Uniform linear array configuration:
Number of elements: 48
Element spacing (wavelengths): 1
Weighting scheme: hann
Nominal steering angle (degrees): -45
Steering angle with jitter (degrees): -45.84
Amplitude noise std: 0.05
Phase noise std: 0.05

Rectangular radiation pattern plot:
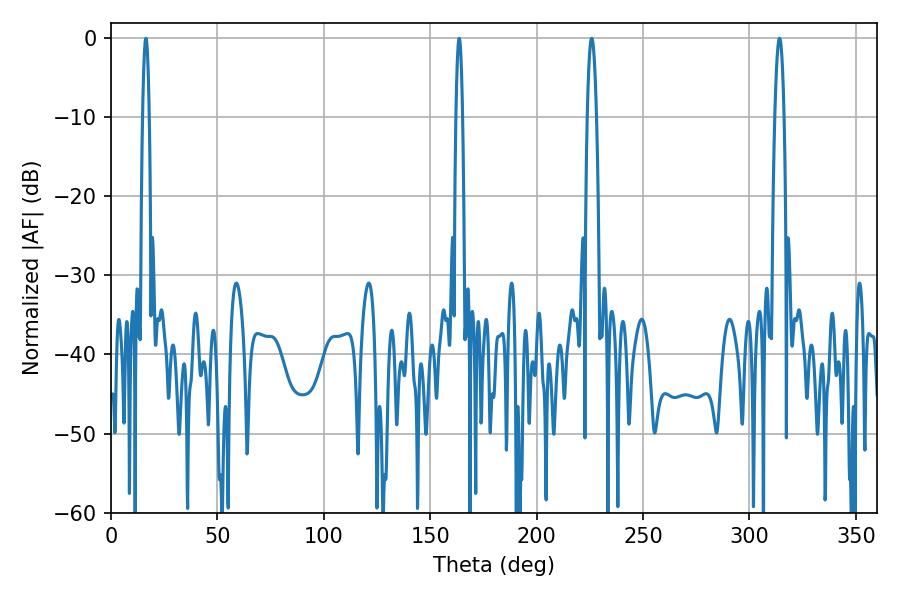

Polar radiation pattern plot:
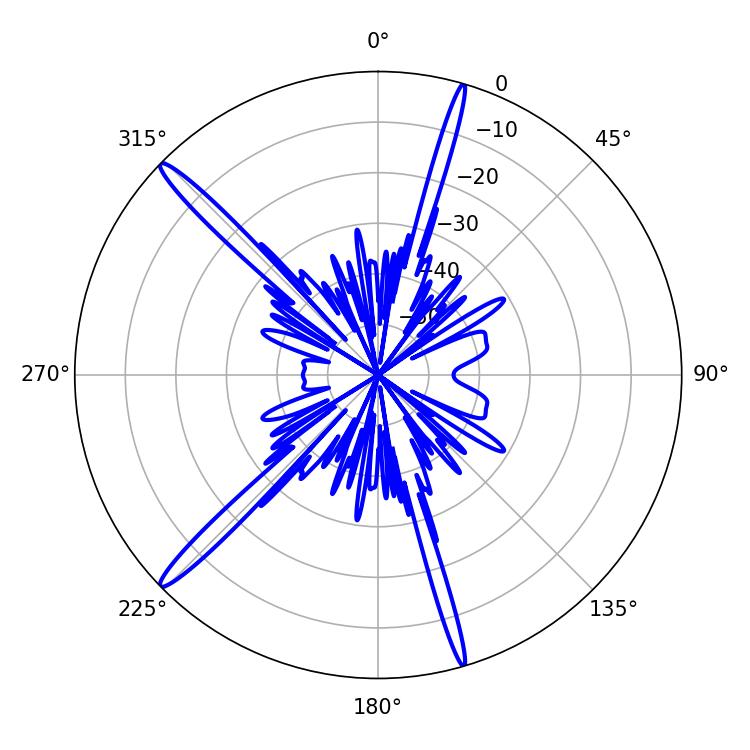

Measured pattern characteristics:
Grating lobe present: TRUE
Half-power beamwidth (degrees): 1.62
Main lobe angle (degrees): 16.38